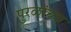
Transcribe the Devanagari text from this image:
पुरळांच्या